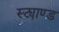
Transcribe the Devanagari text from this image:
स्ट्याण्ड